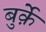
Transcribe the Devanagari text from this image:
बुर्क़े